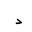
Letter: _dal